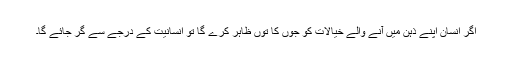
اگر انسان اپنے ذہن میں آنے والے خیالات کو جوں کا توں ظاہر کرے گا تو انسانیت کے درجے سے گر جائے گا۔